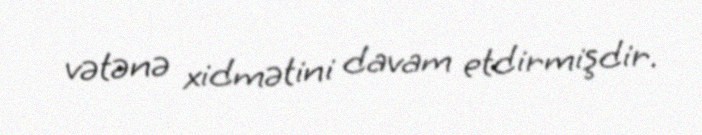
vətənə xidmətini davam etdirmişdir.